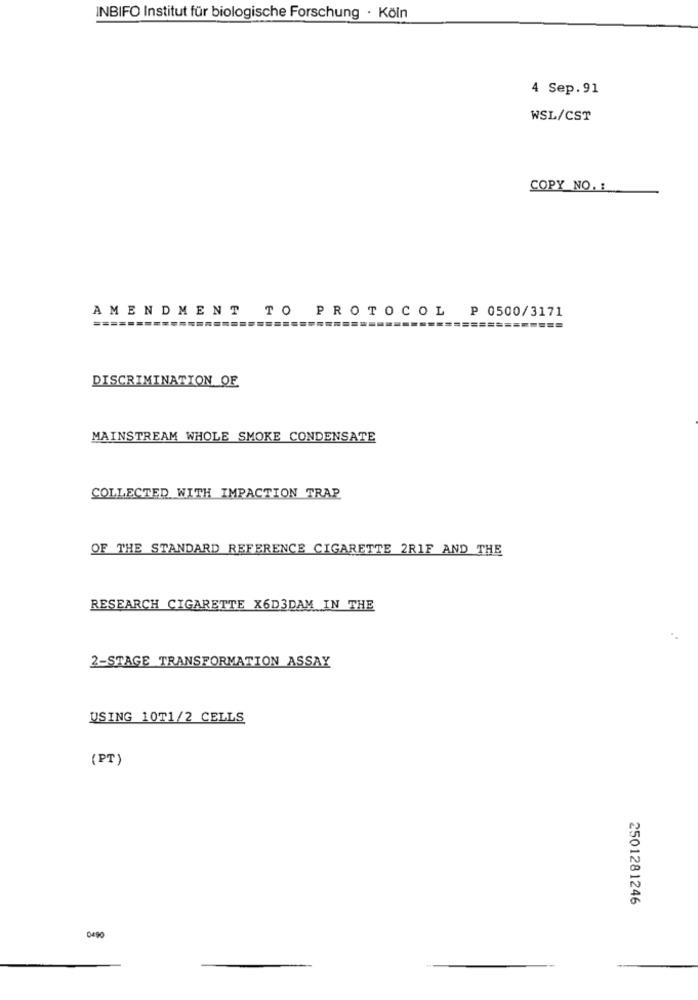
INBIFO Institut für biologische Forschung · Köln
4 Sep.91
WSL/CST
COPY NO. :
AMENDMENT TO PROTOCOL P 0500/3171
==============
DISCRIMINATION OF
MAINSTREAM WHOLE SMOKE CONDENSATE
COLLECTED WITH IMPACTION TRAP
OF THE STANDARD REFERENCE CIGARETTE 2RIF AND THE
RESEARCH CIGARETTE X6D3DAM IN THE
2-STAGE TRANSFORMATION ASSAY
USING 10T1/2 CELLS
(PT)
2501281246